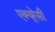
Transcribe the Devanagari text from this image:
एक्‍यूरेसी